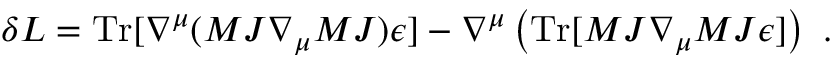
\delta { \cal L } = \mathrm { T r } [ \nabla ^ { \mu } ( { \cal M } J \nabla _ { \mu } { \cal M } J ) \epsilon ] - \nabla ^ { \mu } \left( \mathrm { T r } [ { \cal M } J \nabla _ { \mu } { \cal M } J \epsilon ] \right) \ .